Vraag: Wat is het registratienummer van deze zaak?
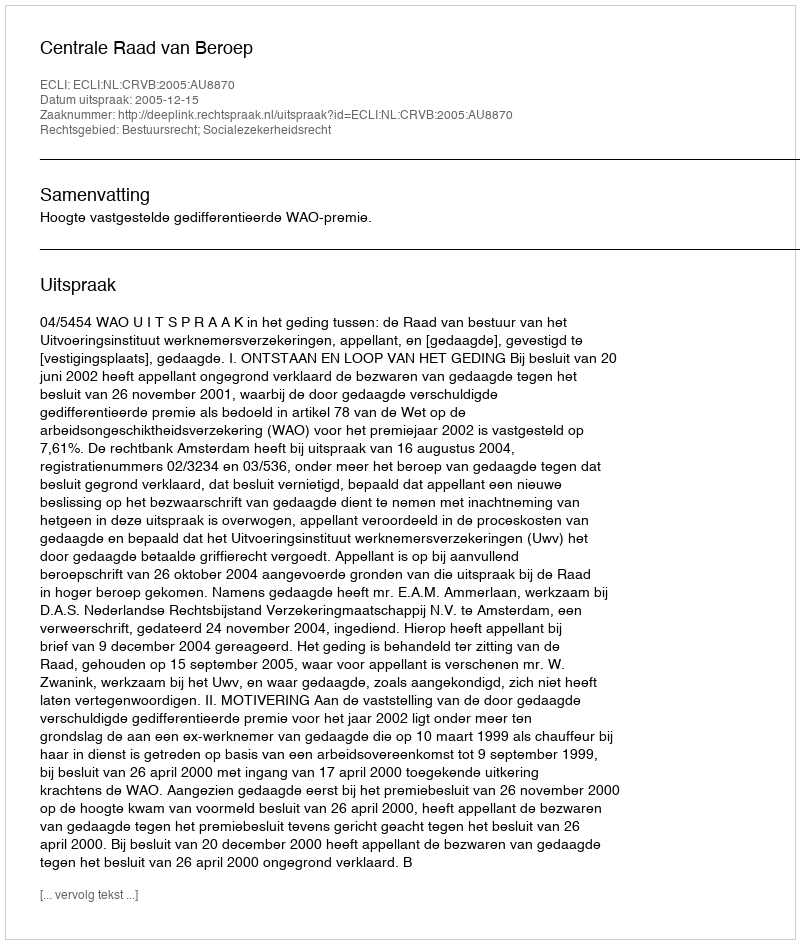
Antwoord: http://deeplink.rechtspraak.nl/uitspraak?id=ECLI:NL:CRVB:2005:AU8870